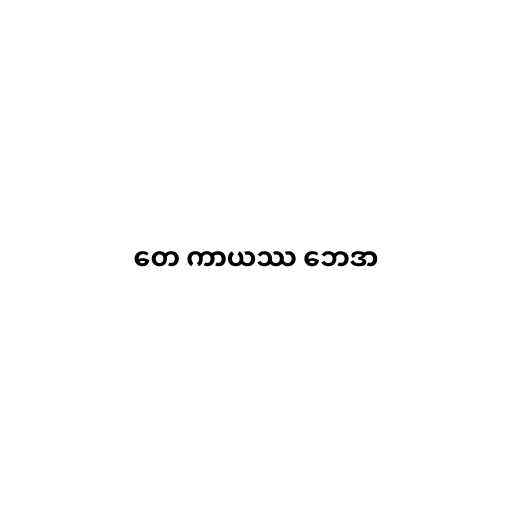
တေ ကာယဿ ဘေဒာ